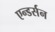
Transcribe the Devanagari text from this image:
एन्डर्सन